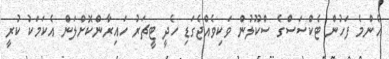
އެންމެ ފަހުން ޓެކްސަސްގެ ސްކޫލުން ވަކިވެއްޖެގަޑި ހެދީ ޓީޗަރު ހައިރާންކޮށްލަން އެކަމަކު ކުރީ